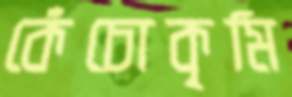
কেঁচোকৃমি